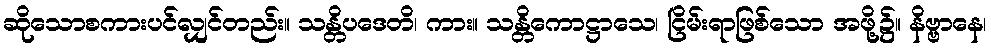
ဆိုသောစကားပင်လျှင်တည်း။ သန္တိပဒေတိ၊ ကား။ သန္တိကောဋ္ဌာသေ၊ ငြိမ်းရာဖြစ်သော အဖို့၌။ နိဗ္ဗာနေ၊